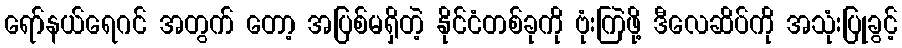
ရော်နယ်ရေဂင် အတွက် တော့ အပြစ်မရှိတဲ့ နိုင်ငံတစ်ခုကို ဗုံးကြဲဖို့ ဒီလေဆိပ်ကို အသုံးပြုခွင့်